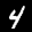
Label: 4